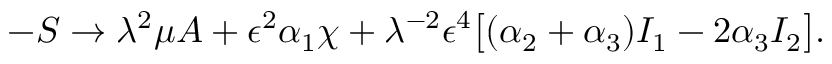
- S \to \lambda ^ { 2 } \mu A + \epsilon ^ { 2 } \alpha _ { 1 } \chi + \lambda ^ { - 2 } \epsilon ^ { 4 } \big [ ( \alpha _ { 2 } + \alpha _ { 3 } ) I _ { 1 } - 2 \alpha _ { 3 } I _ { 2 } \big ] .